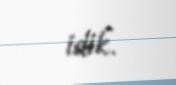
idik.